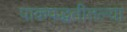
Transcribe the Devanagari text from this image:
पाकपद्धतीतल्या